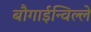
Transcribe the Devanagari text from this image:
बौगाईन्विल्ले